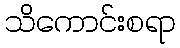
သိကောင်းစရာ